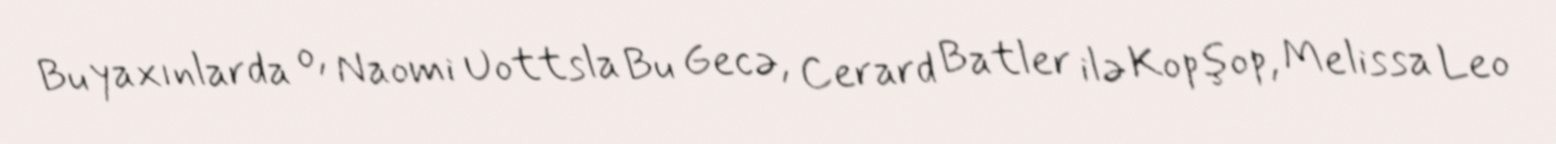
Bu yaxınlarda o, Naomi Uottsla Bu Gecə, Cerard Batler ilə Kopşop, Melissa Leo